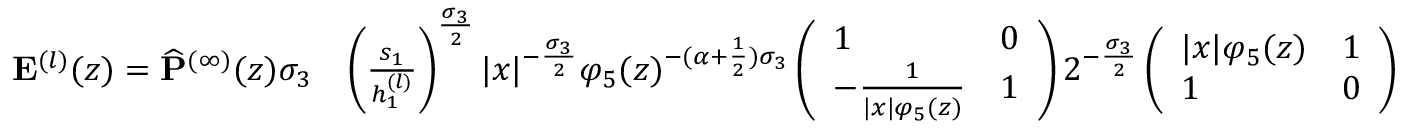
\begin{array} { r l } { \mathbf { E } ^ { ( l ) } ( z ) = \widehat { \mathbf { P } } ^ { ( \infty ) } ( z ) \sigma _ { 3 } } & { \left( \frac { s _ { 1 } } { h _ { 1 } ^ { ( l ) } } \right) ^ { \frac { \sigma _ { 3 } } { 2 } } | x | ^ { - \frac { \sigma _ { 3 } } { 2 } } \varphi _ { 5 } ( z ) ^ { - ( \alpha + \frac { 1 } { 2 } ) \sigma _ { 3 } } \left( \begin{array} { l l } { 1 } & { 0 } \\ { - \frac { 1 } { | x | \varphi _ { 5 } ( z ) } } & { 1 } \end{array} \right) 2 ^ { - \frac { \sigma _ { 3 } } { 2 } } \left( \begin{array} { l l } { | x | \varphi _ { 5 } ( z ) } & { 1 } \\ { 1 } & { 0 } \end{array} \right) } \end{array}